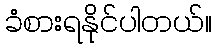
ခံစားရနိုင်ပါတယ်။